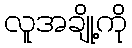
လူအချို့ကို